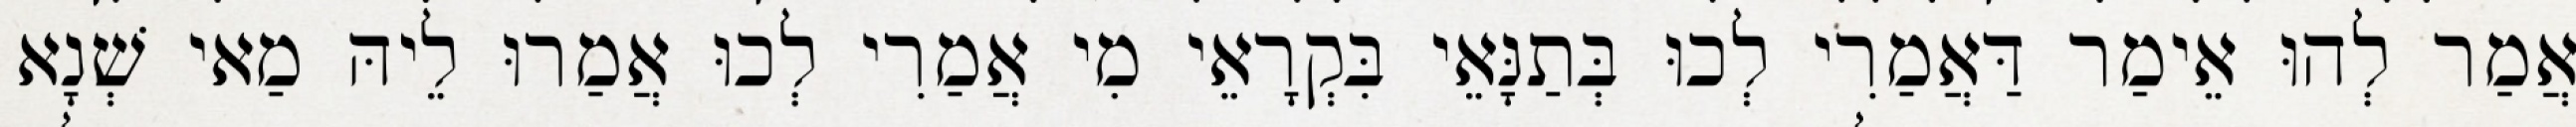
אֲמַר לְהוּ אֵימַר דַּאֲמַרִי לְכוּ בְּתַנָּאֵי בִּקְרָאֵי מִי אֲמַרִי לְכוּ אֲמַרוּ לֵיהּ מַאי שְׁנָא